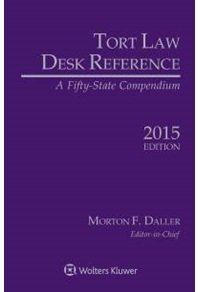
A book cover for Tort Law Desk Reference: A Fifty State Compendium; Morton F. Daller; Law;